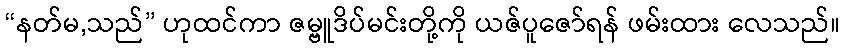
“နတ်မ,သည်” ဟုထင်ကာ ဇမ္ဗူဒိပ်မင်းတို့ကို ယဇ်ပူဇော်ရန် ဖမ်းထား လေသည်။